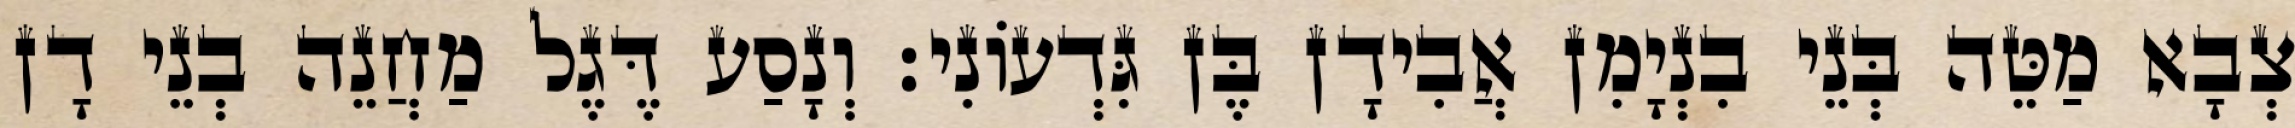
צְבָא מַטֵּה בְּנֵי בִנְיָמִן אֲבִידָן בֶּן גִּדְעוֹנִי׃ וְנָסַע דֶּגֶל מַחֲנֵה בְנֵי דָן